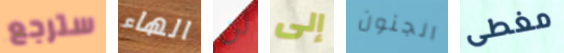
سترجع الهاء لن إلى الجنون مغطى